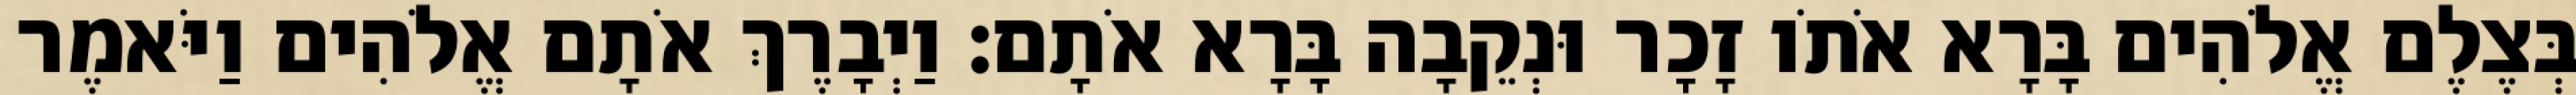
בְּצֶלֶם אֱלֹהִים בָּרָא אֹתֹו זָכָר וּנְקֵבָה בָּרָא אֹתָם׃ וַיְבָרֶךְ אֹתָם אֱלֹהִים וַיֹּאמֶר